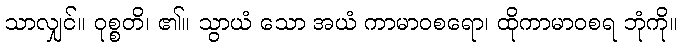
သာလျှင်။ ဝုစ္စတိ၊ ၏။ သွာယံ သော အယံ ကာမာဝစရော၊ ထိုကာမာဝစရ ဘုံကို။